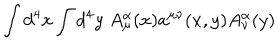
\int d ^ { 4 } x \int d ^ { 4 } y \; A _ { \mu } ^ { \alpha } ( x ) a ^ { \mu \nu } ( x , y ) A _ { \nu } ^ { \alpha } ( y )